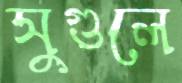
সুগুলে